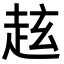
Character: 𧺻